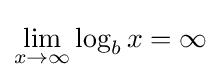
\lim _{x\to \infty }\log _{b}x=\infty